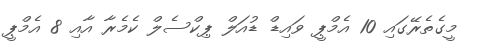
މީގެތެރޭގައި 10 އެމްޕީ ވައިޑް ޑުއަލް ޕިކްސެލް ކެމެރާ އާއި 8 އެމްޕީ